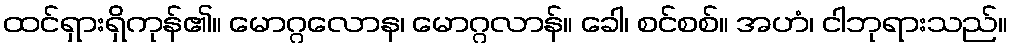
ထင်ရှားရှိကုန်၏။ မောဂ္ဂလောန၊ မောဂ္ဂလာန်။ ခေါ၊ စင်စစ်။ အဟံ၊ ငါဘုရားသည်။